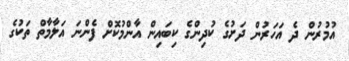
އުމުރުން ދެ އަހަރުން ދަށުގެ ކުދިންގެ ކިބައިން އާންމުކޮށް ފެންނަ އަލާމާތް ތަކުގެ